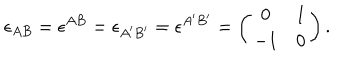
LaTeX: \epsilon _ { A B } = \epsilon ^ { A B } = \epsilon _ { A ^ { \prime } B ^ { \prime } } = \epsilon ^ { A ^ { \prime } B ^ { \prime } } = \left( \begin{array} { c c } { { 0 } } & { { 1 } } \\ { { - 1 } } & { { 0 } } \\ \end{array} \right) .